Rangoon Lunatic Asylum 1898-1906 - 1898-1906
Year: 1898
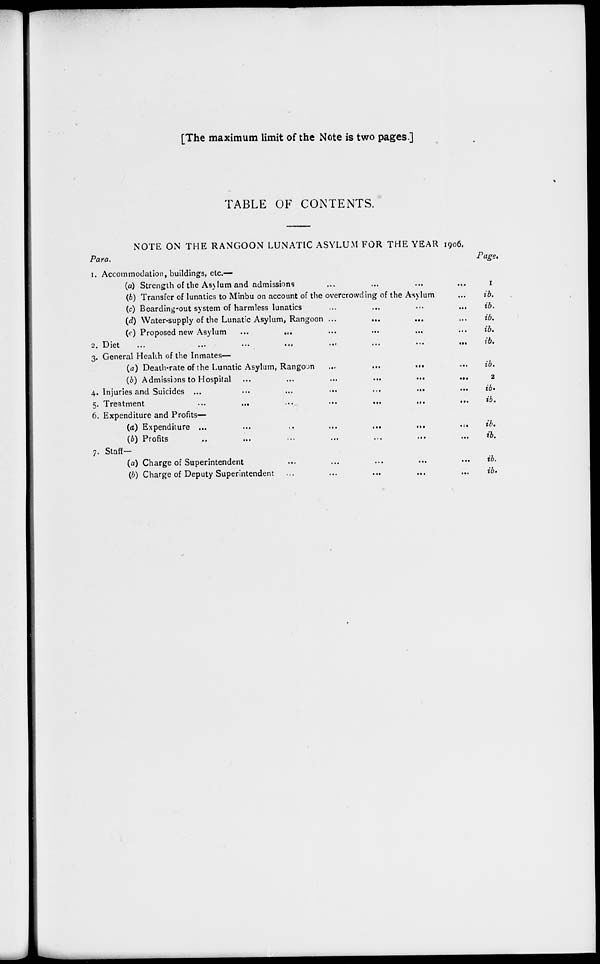
[The maximum limit of the Note is two pages.]
TABLE OF CONTENTS.
NOTE ON THE RANGOON LUNATIC ASYLUM FOR THE YEAR 1906.
Para.
Page.
1. Accommodation, buildings, etc.—
(a) Strength of the Asylum and admissions ... ... ... ... ...
(6) Transfer of lunatics to Minbu on account of the overcrowding of the Asylum
(c) Boarding-out system of harmless lunatics ... ... ... ...
(d) Water-supply of the Lunatic Asylum, Rangoon ... ... ... ...
(e) Proposed new Asylum
... ... ... ... ... ... ...
2. Diet
...
...
...
...
...
...
1
ib.
ib.
ib.
ib.
ib.
3. General Health of the Inmates—
(a) Death-rate of the Lunatic Asylum, Rangoon
...
...
...
...
(b) Admissions to Hospital ...
...
...
...
...
...
4. Injuries and Suicides ... ... ... ... ... ... ...
5. Treatment
...
...
...
...
...
...
...
ib.
2
ib.
ib.
6. Expenditure and Profits—
(d) Expenditure ...
...
..
...
...
...
...
(b) Profits ... ... ... ... ... ... ... ...
ib.
ib.
7. Staff-
(a) Charge of Superintendent ... ... ... ... ... ...
(b) Charge of Deputy Superintendent ... ... ... ... ...
ib.
ib.